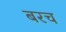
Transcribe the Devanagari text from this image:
बरच